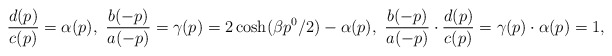
\begin{align*}\frac{d(p)}{c(p)}=\alpha(p), \ \frac{b(-p)}{a(-p)}=\gamma(p)=2\cosh(\beta p^0/2)-\alpha(p), \ \frac{b(-p)}{a(-p)}\cdot \frac{d(p)}{c(p)}=\gamma(p)\cdot \alpha(p)=1,\end{align*}